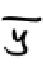
$\overline {y}$